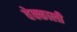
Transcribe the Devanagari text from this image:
वेक्काली